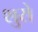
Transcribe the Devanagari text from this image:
शुरो